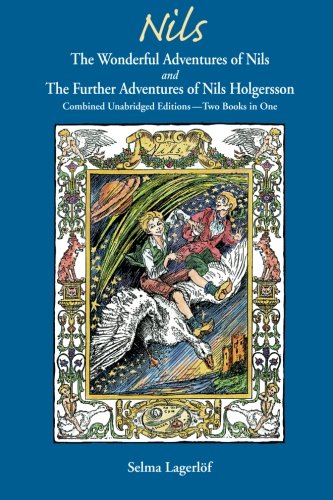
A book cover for The Wonderful Adventures Of Nils And The Further Adventures Of Nils Holgersson; Selma LagerlÃ¶f; Science Fiction & Fantasy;